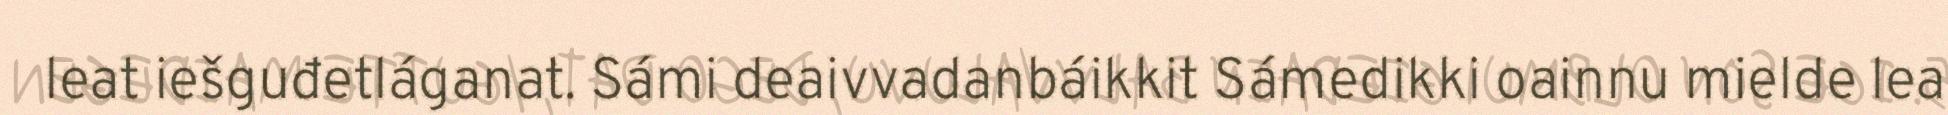
leat iešguđetláganat. Sámi deaivvadanbáikkit Sámedikki oainnu mielde lea